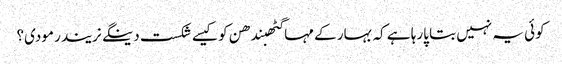
کوئی یہ نہیں بتا پارہا ہے کہ بہار کے مہاگٹھبندھن کو کیسے شکست دینگے نریندر مودی؟